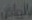
بالرياض